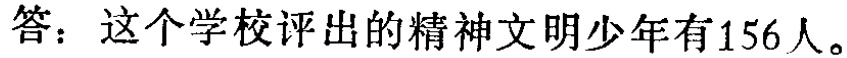
答：这个学校评出的精神文明少年有156人。